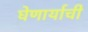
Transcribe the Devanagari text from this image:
घेणार्याची